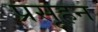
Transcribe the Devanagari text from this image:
प्रसूहन